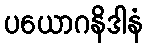
ပယောဂနိဒါနံ